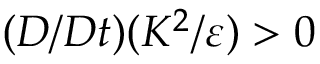
( D / D t ) ( K ^ { 2 } / \varepsilon ) > 0